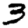
Digit: 3